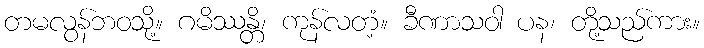
တမလွန်ဘဝသို့။ ဂမိဿန္တိ၊ ကုန်လတံ့။ ခီဏာသဝါ ပန၊ တို့သည်ကား။